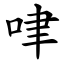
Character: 㖀